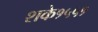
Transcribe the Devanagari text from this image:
शके१५५१